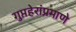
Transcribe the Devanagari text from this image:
गुप्तहेरांप्रमाणे